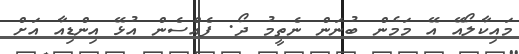
މައިކާލޯއޭ އޭ މަމެން ބުނަން ނެތީމު ދޯ. ފެއްސެން އުޅޭ އިންޑިއާ އަށް